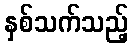
နှစ်သက်သည့်